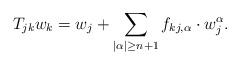
LaTeX: \begin{align*}T_{jk} w_k = w_j+\sum_{|\alpha|\geq n+1}f_{kj, \alpha}\cdot w_j^\alpha. \end{align*}